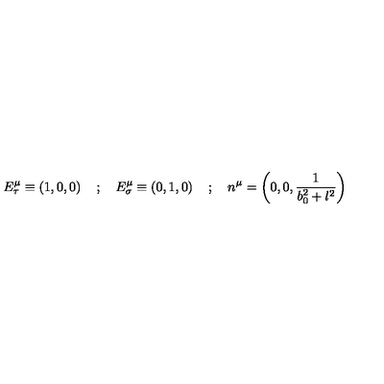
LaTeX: E _ { \tau } ^ { \mu } \equiv \left( 1 , 0 , 0 \right) \quad ; \quad E _ { \sigma } ^ { \mu } \equiv \left( 0 , 1 , 0 \right) \quad ; \quad n ^ { \mu } = \left( 0 , 0 , \frac { 1 } { b _ { 0 } ^ { 2 } + l ^ { 2 } } \right)